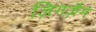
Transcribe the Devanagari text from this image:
ज़िगज़ैग